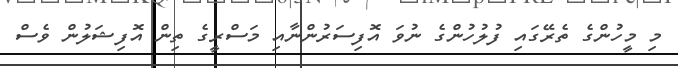
މި މީހުންގެ ތެރޭގައި ފުލުހުންގެ ނުވަ އޮފިސަރުންނާއި މަސްރީގެ ތިން އޮފިޝަލުން ވެސް